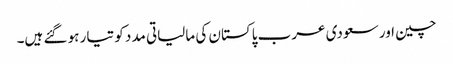
چین اور سعودی عرب پاکستان کی مالیاتی مدد کو تیار ہو گئے ہیں۔